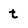
Character: t